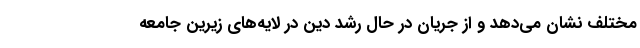
مختلف نشان می‌دهد و از جریان در حال رشد دین در لایه‌های زیرین جامعه